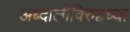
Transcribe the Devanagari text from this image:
अब्दालीविरुद्दच्या